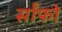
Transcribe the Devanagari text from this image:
साँफो